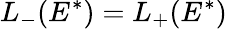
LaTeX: L_{-}(E^{*})=L_{+}(E^{*})